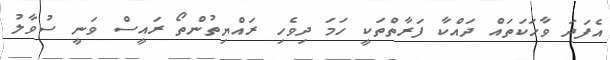
އެފަދަ ވާހަކަތައް ދައްކާ ފަރާތްތަކީ ހަމަ ދިވެހި ރައްޔިތުންތޯ ރައީސް ވަނީ ސުވާލު